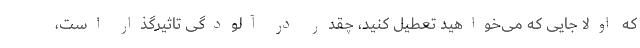
که اولا جایی که می‌خواهید تعطیل کنید، چقدر در آلودگی تاثیرگذار است،